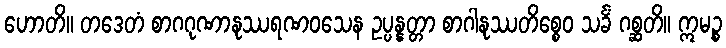
ဟောတိ။ တဒေတံ စာဂဂုဏာနုဿရဏဝသေန ဥပ္ပန္နတ္တာ စာဂါနုဿတိစ္စေဝ သင်္ခံ ဂစ္ဆတိ။ ဣမဉ္စ